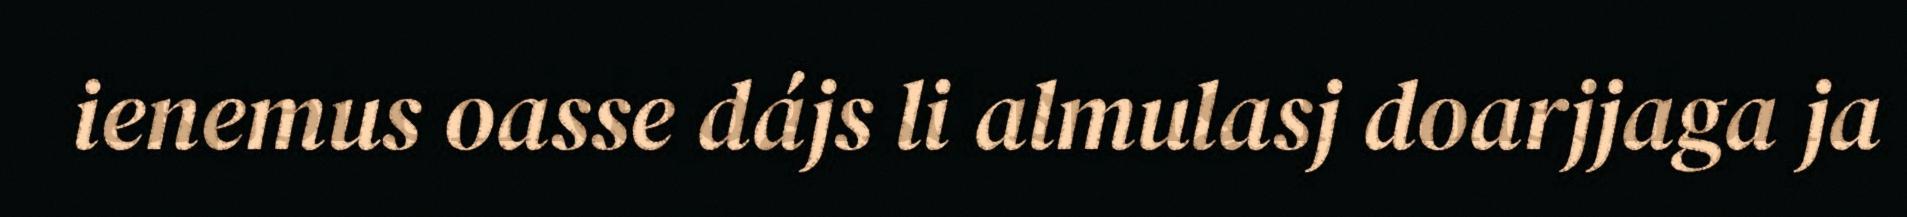
ienemus oasse dájs li almulasj doarjjaga ja